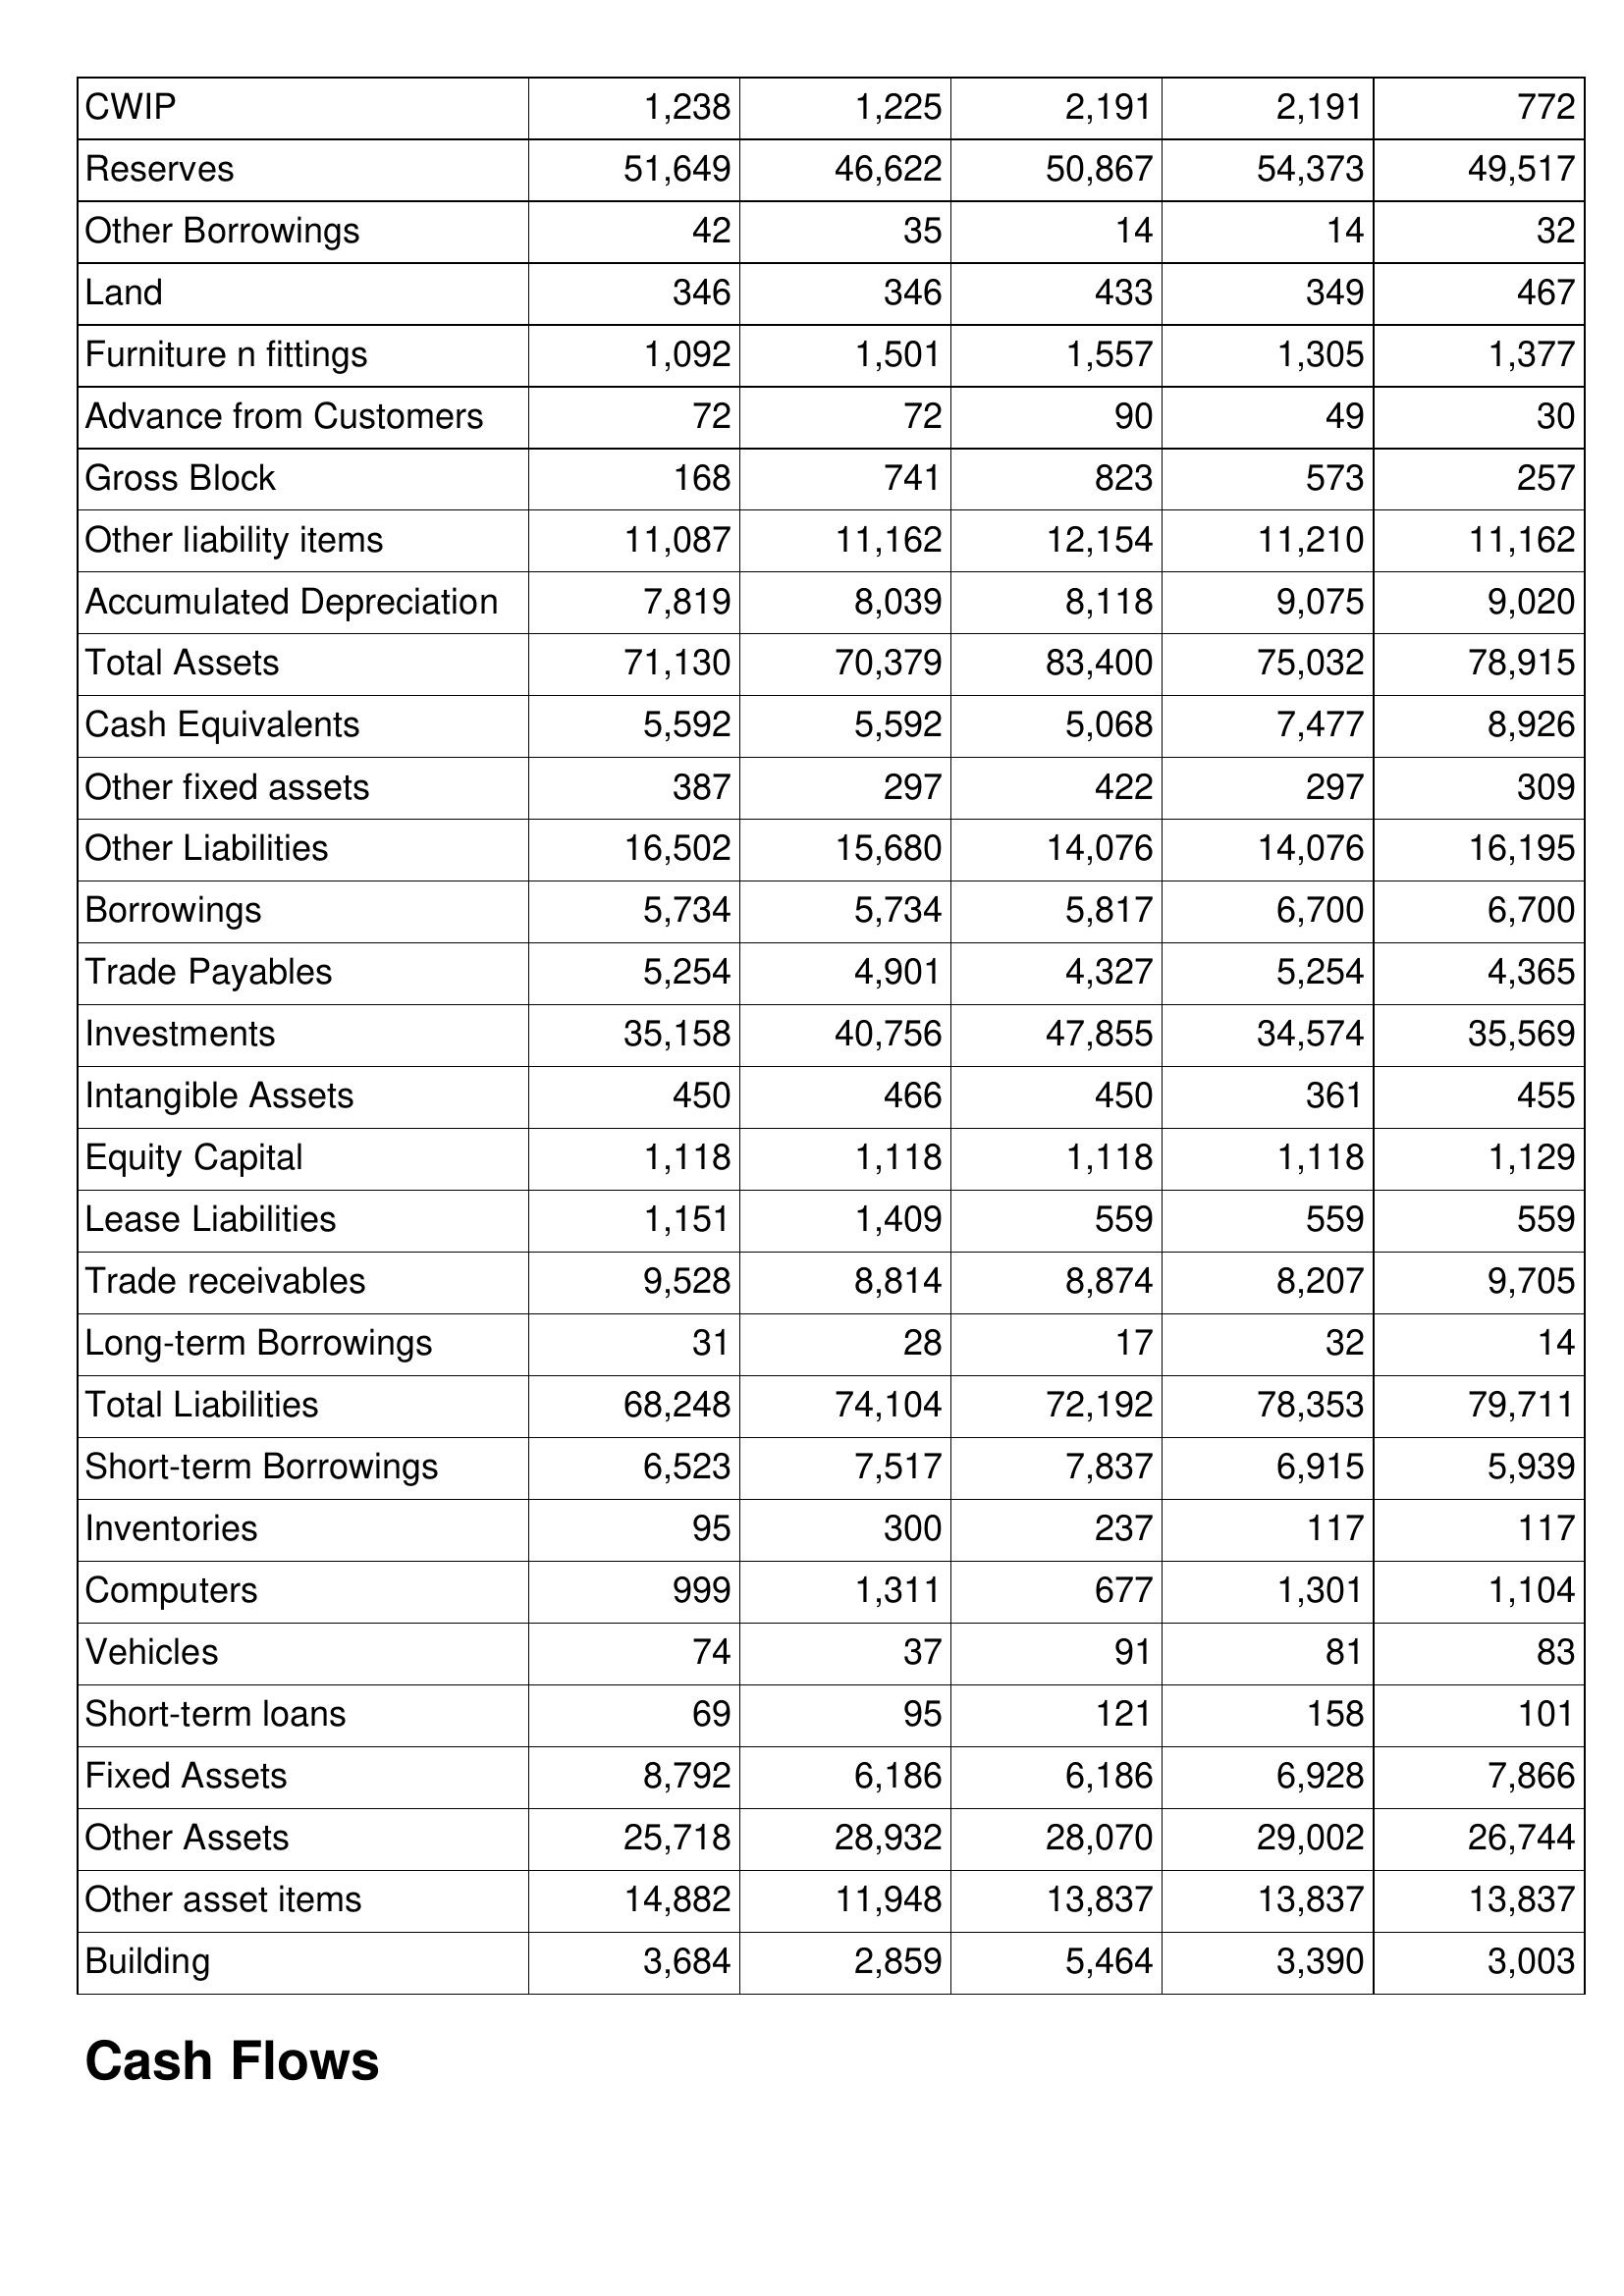
May-02: Balance Sheet: CWIP: 1,238
Reserves: 51,649
Other Borrowings: 42
Land: 346
Furniture n fittings: 1,092
Advance from Customers: 72
Gross Block: 168
Other liability items: 11,087
Accumulated Depreciation: 7,819
Total Assets: 71,130
Cash Equivalents: 5,592
Other fixed assets: 387
Other Liabilities: 16,502
Borrowings: 5,734
Trade Payables: 5,254
Investments: 35,158
Intangible Assets: 450
Equity Capital: 1,118
Lease Liabilities: 1,151
Trade receivables: 9,528
Long-term Borrowings: 31
Total Liabilities: 68,248
Short-term Borrowings: 6,523
Inventories: 95
Computers: 999
Vehicles: 74
Short-term loans: 69
Fixed Assets: 8,792
Other Assets: 25,718
Other asset items: 14,882
Building: 3,684
May-01: Balance Sheet: CWIP: 1,225
Reserves: 46,622
Other Borrowings: 35
Land: 346
Furniture n fittings: 1,501
Advance from Customers: 72
Gross Block: 741
Other liability items: 11,162
Accumulated Depreciation: 8,039
Total Assets: 70,379
Cash Equivalents: 5,592
Other fixed assets: 297
Other Liabilities: 15,680
Borrowings: 5,734
Trade Payables: 4,901
Investments: 40,756
Intangible Assets: 466
Equity Capital: 1,118
Lease Liabilities: 1,409
Trade receivables: 8,814
Long-term Borrowings: 28
Total Liabilities: 74,104
Short-term Borrowings: 7,517
Inventories: 300
Computers: 1,311
Vehicles: 37
Short-term loans: 95
Fixed Assets: 6,186
Other Assets: 28,932
Other asset items: 11,948
Building: 2,859
May-00: Balance Sheet: CWIP: 2,191
Reserves: 50,867
Other Borrowings: 14
Land: 433
Furniture n fittings: 1,557
Advance from Customers: 90
Gross Block: 823
Other liability items: 12,154
Accumulated Depreciation: 8,118
Total Assets: 83,400
Cash Equivalents: 5,068
Other fixed assets: 422
Other Liabilities: 14,076
Borrowings: 5,817
Trade Payables: 4,327
Investments: 47,855
Intangible Assets: 450
Equity Capital: 1,118
Lease Liabilities: 559
Trade receivables: 8,874
Long-term Borrowings: 17
Total Liabilities: 72,192
Short-term Borrowings: 7,837
Inventories: 237
Computers: 677
Vehicles: 91
Short-term loans: 121
Fixed Assets: 6,186
Other Assets: 28,070
Other asset items: 13,837
Building: 5,464
May-99: Balance Sheet: CWIP: 2,191
Reserves: 54,373
Other Borrowings: 14
Land: 349
Furniture n fittings: 1,305
Advance from Customers: 49
Gross Block: 573
Other liability items: 11,210
Accumulated Depreciation: 9,075
Total Assets: 75,032
Cash Equivalents: 7,477
Other fixed assets: 297
Other Liabilities: 14,076
Borrowings: 6,700
Trade Payables: 5,254
Investments: 34,574
Intangible Assets: 361
Equity Capital: 1,118
Lease Liabilities: 559
Trade receivables: 8,207
Long-term Borrowings: 32
Total Liabilities: 78,353
Short-term Borrowings: 6,915
Inventories: 117
Computers: 1,301
Vehicles: 81
Short-term loans: 158
Fixed Assets: 6,928
Other Assets: 29,002
Other asset items: 13,837
Building: 3,390
May-98: Balance Sheet: CWIP: 772
Reserves: 49,517
Other Borrowings: 32
Land: 467
Furniture n fittings: 1,377
Advance from Customers: 30
Gross Block: 257
Other liability items: 11,162
Accumulated Depreciation: 9,020
Total Assets: 78,915
Cash Equivalents: 8,926
Other fixed assets: 309
Other Liabilities: 16,195
Borrowings: 6,700
Trade Payables: 4,365
Investments: 35,569
Intangible Assets: 455
Equity Capital: 1,129
Lease Liabilities: 559
Trade receivables: 9,705
Long-term Borrowings: 14
Total Liabilities: 79,711
Short-term Borrowings: 5,939
Inventories: 117
Computers: 1,104
Vehicles: 83
Short-term loans: 101
Fixed Assets: 7,866
Other Assets: 26,744
Other asset items: 13,837
Building: 3,003